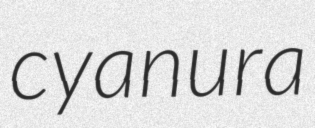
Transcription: cyanura